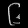
Digit: ၆